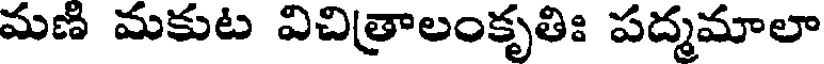
మణ మకుట విచిత్రాలంకృతిః పద్మమాలా